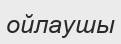
ойлаушы